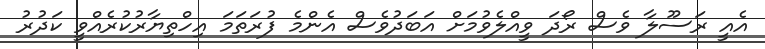
އެއީ ރަސޫލާ ވެސް ރޯދަ ވީއްލެވުމަށް އަބަދުވެސް އެންމެ ފުރަތަމަ އިހްތިޔާރުކުރެއްވީ ކަދުރު